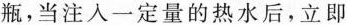
瓶，当注入一定量的热水后，立即